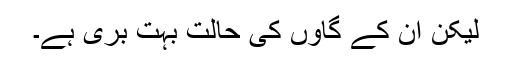
ليکن ان کے گاوں کی حالت بہت بری ہے۔